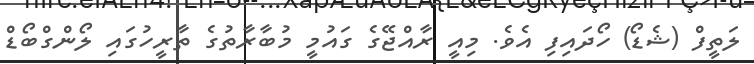
ލަތީފް (ޝެޑޯ) ހޯދައިފި އެވެ. މިއީ ރާއްޖޭގެ ގައުމީ މުބާރާތުގެ ތާރީހުގައި ލޯންގްބޯޑް